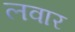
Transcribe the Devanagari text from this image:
लवार